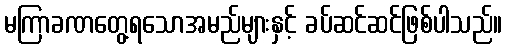
မကြာခဏတွေ့ရသောအမည်များနှင့် ခပ်ဆင်ဆင်ဖြစ်ပါသည်။